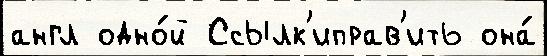
англ одно́й Ссылк'иправ'ить она́